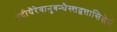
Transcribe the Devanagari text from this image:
तदीयैरेवानुबन्धैस्त्तद्वत्तासिद्धेर्न